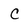
Character: C